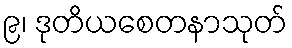
၉၊ ဒုတိယစေတနာသုတ်